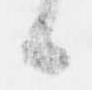
候